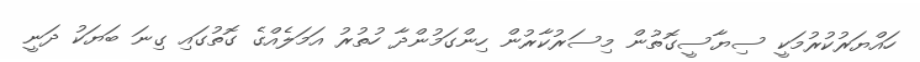
ހައްޔަރުކުރުމަކީ ސިޔާސީގޮތުން މިސަރުކާރުން ހިންގަމުންދާ ހުތުރު އަމަލެއްގެ ގޮތުގައި ގިނަ ބަޔަކު ދަނީ